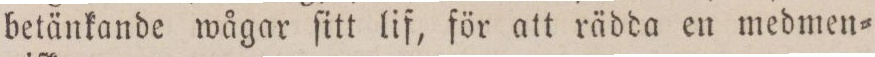
betänkande wågar ſitt lif, för att rädda en medmen=